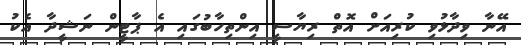
އޭނާ ވިދާޅުވި ކުރިއަށް އޮތް ރިޔާސީ އިންތިހާބުގައި އެ ޕާޓީން ނަޝީދާ އެކު